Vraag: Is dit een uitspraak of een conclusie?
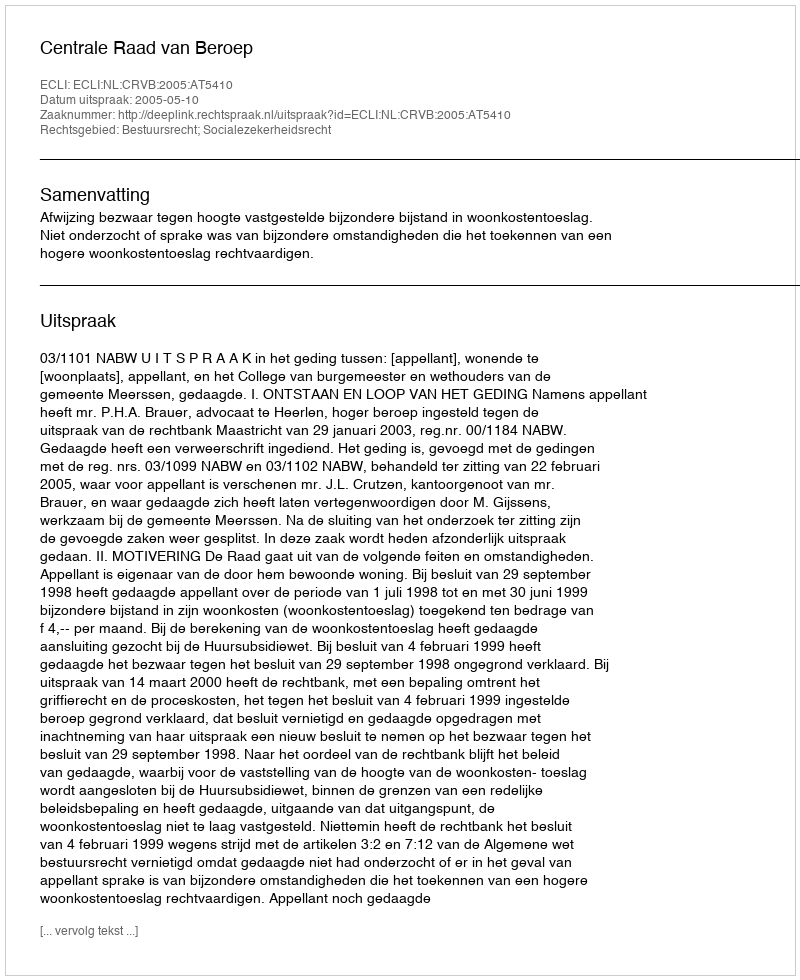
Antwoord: Uitspraak